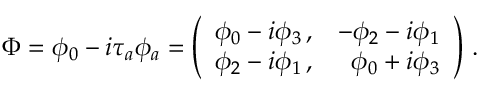
\Phi = \phi _ { 0 } - i \tau _ { a } \phi _ { a } = \left( \begin{array} { r r } { { \phi _ { 0 } - i \phi _ { 3 } \, , } } & { { - \phi _ { 2 } - i \phi _ { 1 } } } \\ { { \phi _ { 2 } - i \phi _ { 1 } \, , } } & { { \phi _ { 0 } + i \phi _ { 3 } } } \end{array} \right) \, .